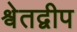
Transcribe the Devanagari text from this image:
श्वेतद्वीप